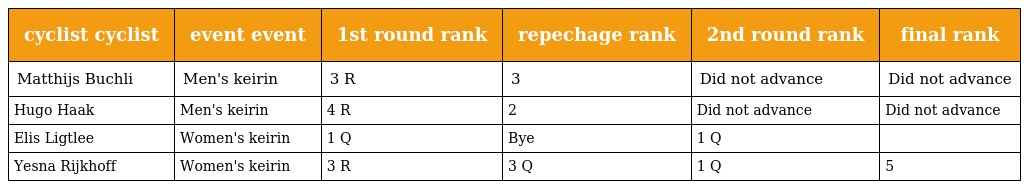
| cyclist cyclist | event event | 1st round rank | repechage rank | 2nd round rank | final rank |
 | --- | --- | --- | --- | --- | --- |
 | Matthijs Buchli | Men's keirin | 3 R | 3 | Did not advance | Did not advance |
 | Hugo Haak | Men's keirin | 4 R | 2 | Did not advance | Did not advance |
 | Elis Ligtlee | Women's keirin | 1 Q | Bye | 1 Q |  |
 | Yesna Rijkhoff | Women's keirin | 3 R | 3 Q | 1 Q | 5 |